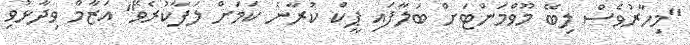
"މިހާރުވެސް ލިބޭ މޫވްމަންޓަށް ބަލާފައި ޕީކް ކުރާނެ ކަމަށް ލަފާކުރެވޭ" އަޒާމް ވިދާޅުވި